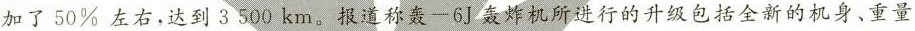
加了50%左右，达到3500km。报道称轰一6J轰炸机所进行的升级包括全新的机身、重量